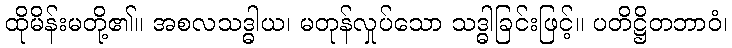
ထိုမိန်းမတို့၏။ အစလသဒ္ဓါယ၊ မတုန်လှုပ်သော သဒ္ဓါခြင်းဖြင့်။ ပတိဋ္ဌိတဘာဝံ၊